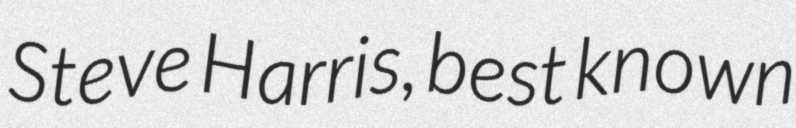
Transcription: Steve Harris, best known